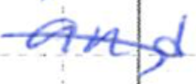
Text: and
Cross-out: diagonal
Writing tool: ballpoint